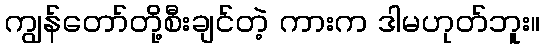
ကျွန်တော်တို့စီးချင်တဲ့ ကားက ဒါမဟုတ်ဘူး။